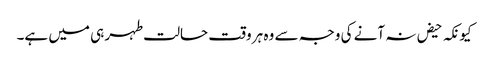
کیونکہ حیض نہ آنے کی وجہ سے وہ ہر وقت حالت طہر ہی میں ہے۔